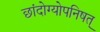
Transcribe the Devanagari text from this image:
छांदोग्योपनिषत्